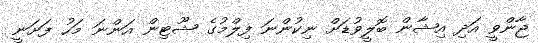
ޖާންވީ އަދި އިޝާން ބޮލީވުޑަށް ނިކުންނަ ފިލްމުގެ ޝޫޓިން އަންނަ މަހު ފަށަނީ